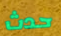
حدث